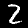
Label: 2